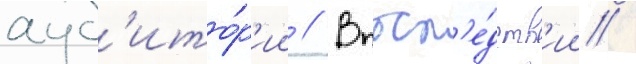
ауд'ито́р'ии // Впосл'е́дств'ии /